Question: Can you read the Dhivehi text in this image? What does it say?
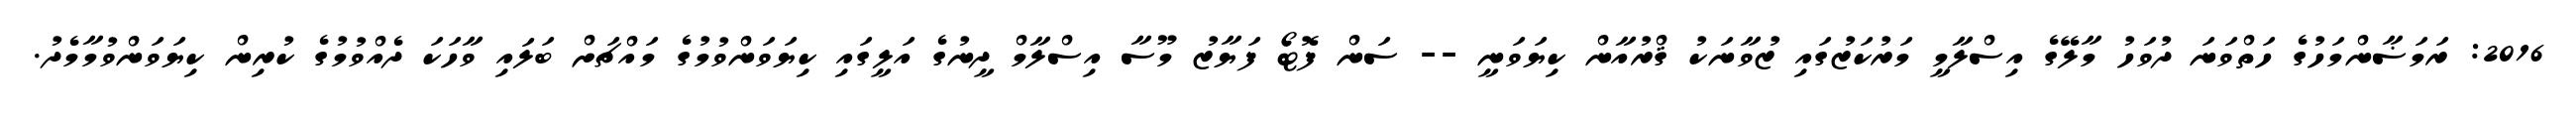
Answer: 2016: ރަމަޟާންމަހުގެ ހަތްވަނަ ދުވަހު މާލޭގެ އިސްލާމީ މަރުކަޒުގައި ޒުވާނަކު ޤްރުއާން ކިޔަވަނީ -- ސަން ފޮޓޯ ފަޔާޒު މޫސާ އިސްލާމް ދީނުގެ އަލީގައި ކިޔަވަންވުމުގެ މައްޗަށް ބަލައި ވާހަކަ ދެއްވުމުގެ ކުރިން ކިޔަވަންވުމާމެދު.